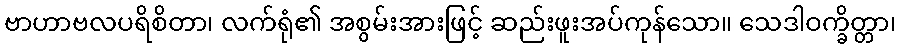
ဗာဟာဗလပရိစိတာ၊ လက်ရုံ၏ အစွမ်းအားဖြင့် ဆည်းဖူးအပ်ကုန်သော။ သေဒါဝက္ခိတ္တာ၊